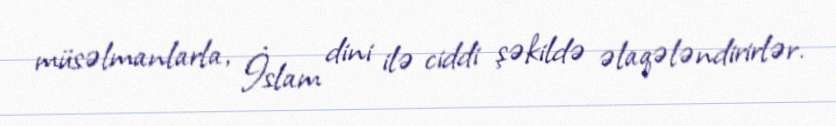
müsəlmanlarla, İslam dini ilə ciddi şəkildə əlaqələndirirlər.